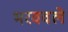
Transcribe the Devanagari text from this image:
भरववले